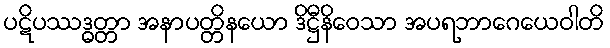
ပဋိပဿဒ္ဓတ္တာ အနာပတ္တိနယော ဒိဋ္ဌီနိဝေသာ အပရဘာဂေယေဝါတိ